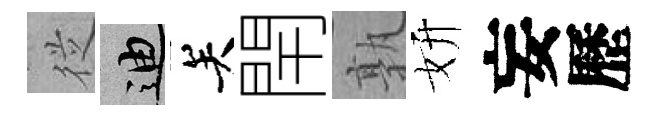
従迪关閈孰妍妄歷